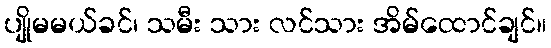
ပျိုမမယ်ခင်၊ သမီး သား လင်သား အိမ်ထောင်ချင်။